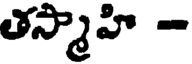
తస్మాహి -